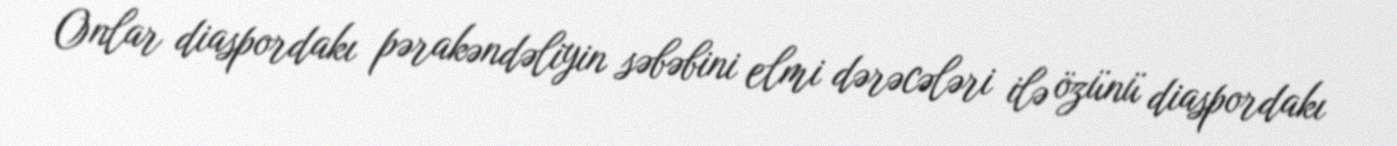
Onlar diaspordakı pərakəndəliyin səbəbini elmi dərəcələri ilə özünü diaspordakı